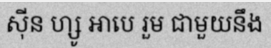
ស៊ីន ហ្សូ អាបេ រួម ជាមួយនឹង